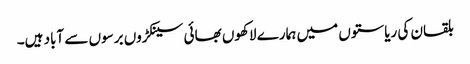
بلقان کی ریاستوں میں ہمارے لاکھوں بھائی سینکڑوں برسوں سے آباد ہیں۔